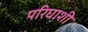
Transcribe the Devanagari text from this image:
परिघाशी